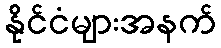
နိုင်ငံများအနက်